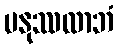
မနုဿလာဘံ